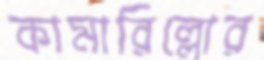
কামারিল্লোর